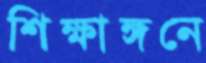
শিক্ষাঙ্গনে